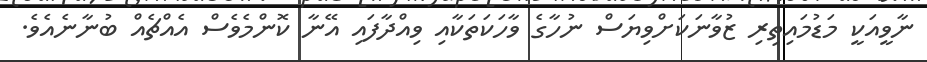
ނާވީއަކީ މަޑުމައިތިރި ޒުވާނަކަށްވިޔަސް ނުހާގެ ވާހަކަތަކާއި ވިއްދާފައި އޭނާ ކޮންމެވެސް އެއްޗެއް ބުނާނެއެވެ.